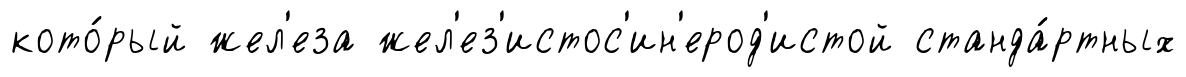
кото́рый жел'еза жел'ез'истос'ин'ерод'истой станда́ртных